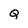
Character: Q